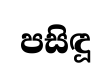
පසිඳූ